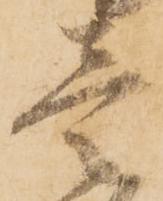
壱